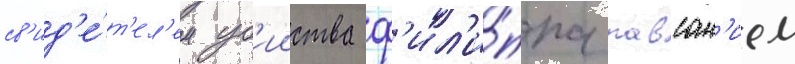
св'ид'е́т'ел'ем уб'ииства ф'ил'и́ппа павсан'ием